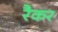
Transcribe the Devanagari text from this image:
रैकर